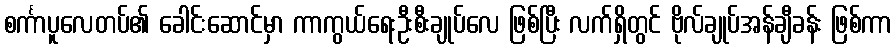
စင်္ကာပူလေတပ်၏ ခေါင်းဆောင်မှာ ကာကွယ်ရေးဦးစီးချုပ်လေ ဖြစ်ပြီး လက်ရှိတွင် ဗိုလ်ချုပ်အန်ချီခန်း ဖြစ်ကာ